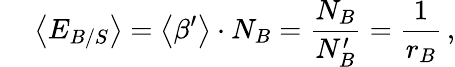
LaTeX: \quad\: \left<E_{B/S}\right>=\left<\beta^{\prime}\right>\cdot N_{B}=\frac{N_{B}}{N_{B}^{\prime}}=\frac{1}{r_{B}}\, ,